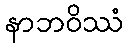
နာဘဝိဿံ